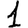
Digit: 1